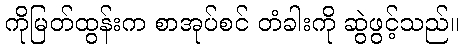
ကိုမြတ်ထွန်းက စာအုပ်စင် တံခါးကို ဆွဲဖွင့်သည်။